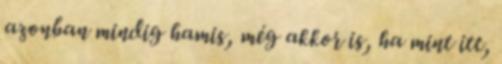
azonban mindig hamis, még akkor is, ha mint itt,